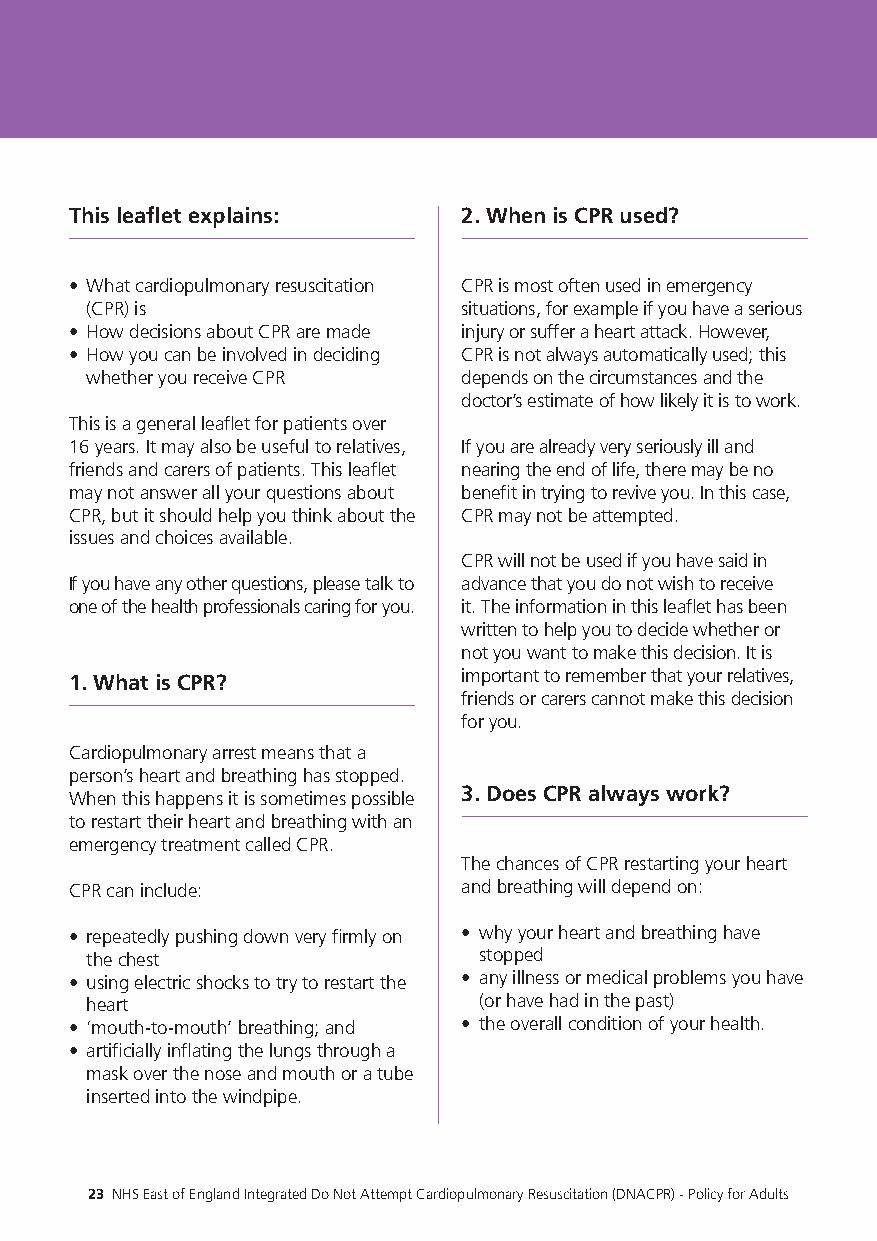
This leaflet explains:    2. When is CPR used?
 • What cardiopulmonary resuscitation CPR is most often used in emergency
 (CPR) is                 situations, for example if you have a serious
 • How decisions about CPR are made injury or suffer a heart attack. However,
 • How you can be involved in deciding CPR is not always automatically used; this
 whether you receive CPR  depends on the circumstances and the
 doctor’s estimate of how likely it is to work.
 This is a general leaflet for patients over
 16 years. It may also be useful to relatives, If you are already very seriously ill and
 friends and carers of patients. This leaflet nearing the end of life, there may be no
 may not answer all your questions about benefit in trying to revive you. In this case,
 CPR, but it should help you think about the CPR may not be attempted.
 issues and choices available.
 CPR will not be used if you have said in
 If you have any other questions, please talk to advance that you do not wish to receive
 one of the health professionals caring for you. it. The information in this leaflet has been
 written to help you to decide whether or
 not you want to make this decision. It is
 1. What is CPR?           important to remember that your relatives,
 friends or carers cannot make this decision
 for you.
 Cardiopulmonary arrest means that a
 person’s heart and breathing has stopped.
 3. Does CPR always work?
 When this happens it is sometimes possible
 to restart their heart and breathing with an
 emergency treatment called CPR.
 The chances of CPR restarting your heart
 CPR can include:          and breathing will depend on:
 • repeatedly pushing down very firmly on • why your heart and breathing have
 the chest                 stopped
 • using electric shocks to try to restart the • any illness or medical problems you have
 heart                     (or have had in the past)
 • ‘mouth-to-mouth’ breathing; and • the overall condition of your health.
 • artificially inflating the lungs through a
 mask over the nose and mouth or a tube
 inserted into the windpipe.
 22 NHS East of England Integrated Do Not Attempt Cardiopulmonary Resuscitation (DNACPR) - Policy for Adults 23 NHS East of England Integrated Do Not Attempt Cardiopulmonary Resuscitation (DNACPR) - Policy for Adults